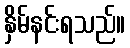
နှိမ်နင်းရသည်။